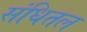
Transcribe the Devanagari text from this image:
संधितल